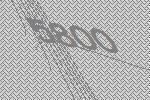
5800